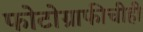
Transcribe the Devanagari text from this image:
फोटोग्राफीचीही